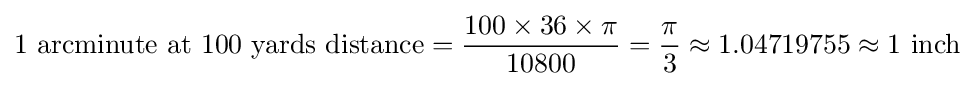
{\text{1 arcminute at 100 yards distance}}={\frac {100\times 36\times \pi }{10800}}={\frac {\pi }{3}}\approx 1.04719755\approx {\text{1 inch}}